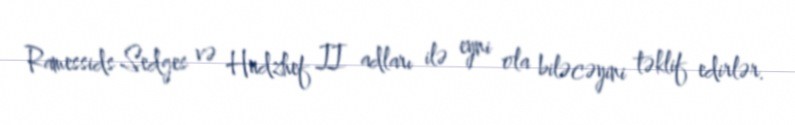
Ramessids Sedges və Hudzhef II adları ilə eyni ola biləcəyini təklif edirlər.